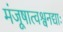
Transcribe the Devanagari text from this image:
मंजूषात्वश्वनद्याः